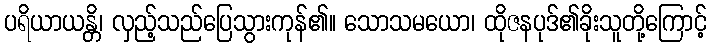
ပရိယာယန္တိ၊ လှည့်သည်ပြေသွားကုန်၏။ သောသမယော၊ ထိုဇနပုဒ်၏ခိုးသူတို့ကြောင့်